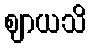
ဈာယသိ